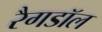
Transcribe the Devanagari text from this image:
रैगडॉल